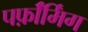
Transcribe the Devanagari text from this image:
पर्फ़ॉर्मिंग